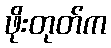
ဖိုးတုတ်က